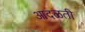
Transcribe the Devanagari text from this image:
आदळती